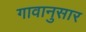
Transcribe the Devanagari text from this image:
गावानुसार